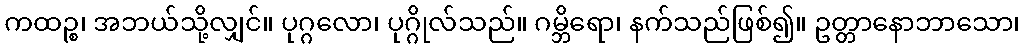
ကထဉ္စ၊ အဘယ်သို့လျှင်။ ပုဂ္ဂလော၊ ပုဂ္ဂိုလ်သည်။ ဂမ္ဘိရော၊ နက်သည်ဖြစ်၍။ ဥတ္တာနောဘာသော၊